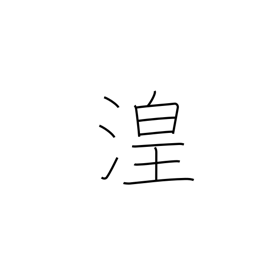
Meaning: wetland